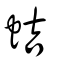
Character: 蛣